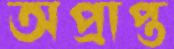
অপ্রাপ্ত